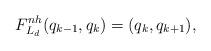
LaTeX: \begin{align*}F_{L_d}^{nh}(q_{k-1},q_k)=(q_k,q_{k+1}),\end{align*}